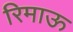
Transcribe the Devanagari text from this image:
रिमाऊ